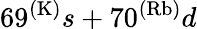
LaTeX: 69^{(\mathrm{K)}}s+70^{(\mathrm{Rb)}}d